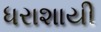
ધરાશાયી